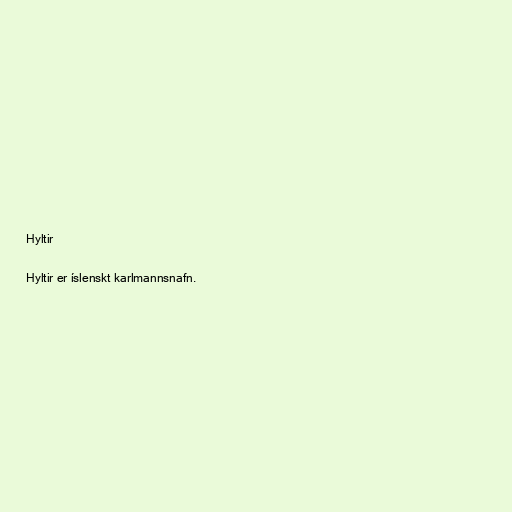
Hyltir

Hyltir er íslenskt karlmannsnafn.